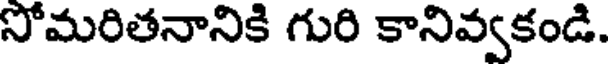
సోమరితనానికి గురి కానివ్వకండి.